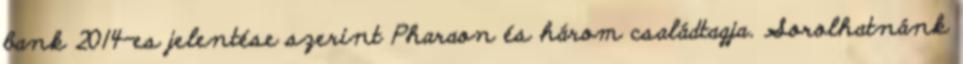
bank 2014-es jelentése szerint Pharaon és három családtagja. Sorolhatnánk